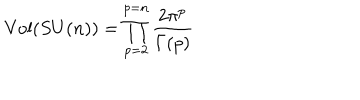
LaTeX: \mathrm { V o l } ( S U ( n ) ) = \prod _ { p = 2 } ^ { p = n } \frac { 2 \pi ^ { p } } { \Gamma ( p ) }